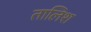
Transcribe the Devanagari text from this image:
तालिश